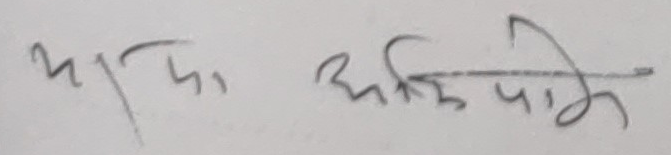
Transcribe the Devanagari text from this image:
यदि अभिभाव